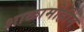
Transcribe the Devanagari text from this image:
शाळामोहीम